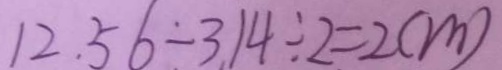
1 2 . 5 6 \div 3 . 1 4 \div 2 = 2 ( m )